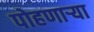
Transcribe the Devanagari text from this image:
पोहणार्‍या